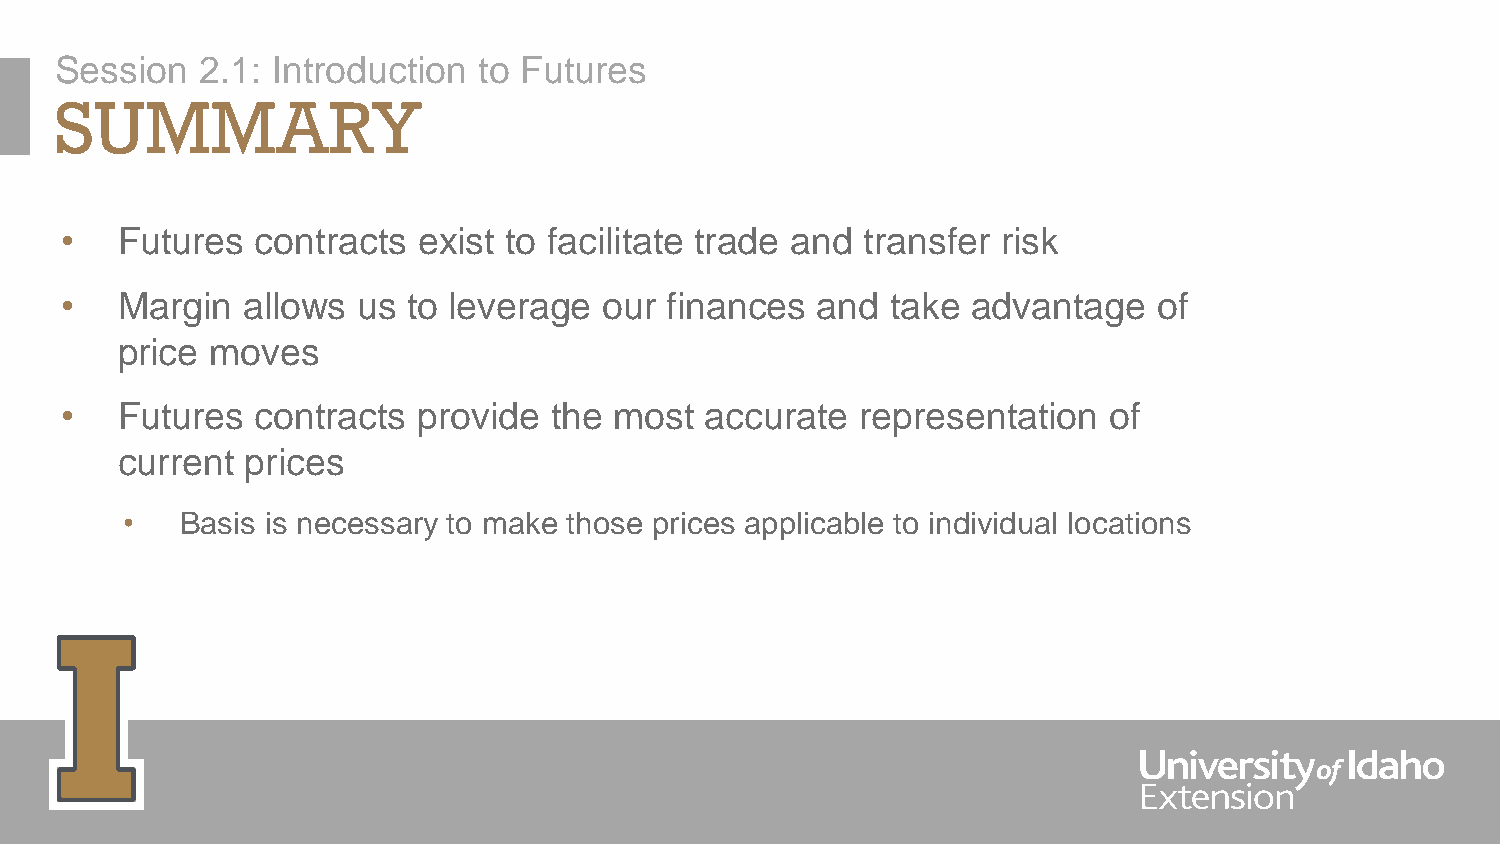
Session  2.1: Introduction  to Futures
 SUMMARY
 •   Futures  contracts  exist to facilitate trade and transfer risk
 •   Margin  allows  us to leverage  our finances  and  take advantage    of
 price moves
 •   Futures  contracts  provide the  most  accurate  representation  of
 current prices
 •   Basis is necessary to make those prices applicable to individual locations